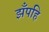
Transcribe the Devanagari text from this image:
झँपहि